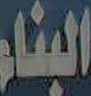
البناء